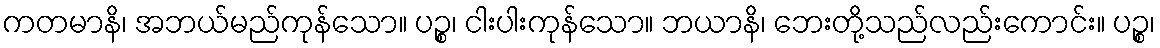
ကတမာနိ၊ အဘယ်မည်ကုန်သော။ ပဉ္စ၊ ငါးပါးကုန်သော။ ဘယာနိ၊ ဘေးတို့သည်လည်းကောင်း။ ပဉ္စ၊